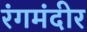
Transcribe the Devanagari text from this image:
रंगमंदीर